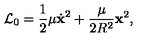
{ \cal L } _ { 0 } = \frac { 1 } { 2 } \mu \dot { \bf x } ^ { 2 } + \frac { \mu } { 2 R ^ { 2 } } { \bf x } ^ { 2 } ,